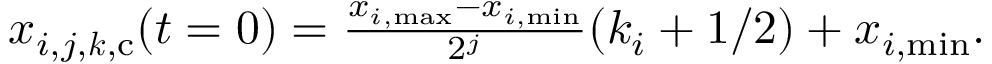
\begin{array} { r } { x _ { i , j , \boldsymbol { k } , \mathrm { c } } ( t = 0 ) = \frac { x _ { i , \mathrm { m a x } } - x _ { i , \mathrm { m i n } } } { 2 ^ { j } } ( k _ { i } + 1 / 2 ) + x _ { i , \mathrm { m i n } } . } \end{array}